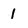
Character: 1